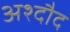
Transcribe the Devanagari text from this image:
अश्दौद